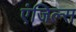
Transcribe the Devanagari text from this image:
एंजिल्स